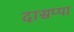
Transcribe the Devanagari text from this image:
दासप्पा